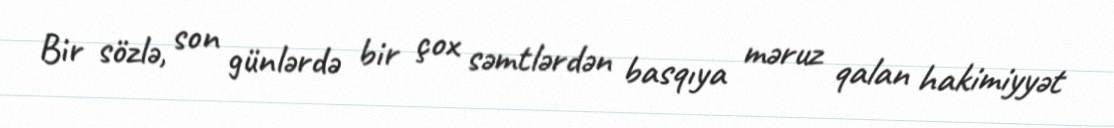
Bir sözlə, son günlərdə bir çox səmtlərdən basqıya məruz qalan hakimiyyət